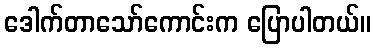
ဒေါက်တာသော်ကောင်းက ပြောပါတယ်။